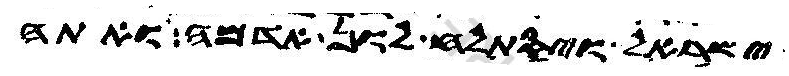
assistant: ישראל ויסתלח לון אדמה ואתה